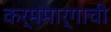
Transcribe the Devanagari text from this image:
कर्ममार्गाची